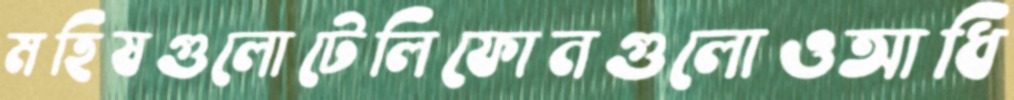
মহিষগুলোটেলিফোনগুলোওআধি